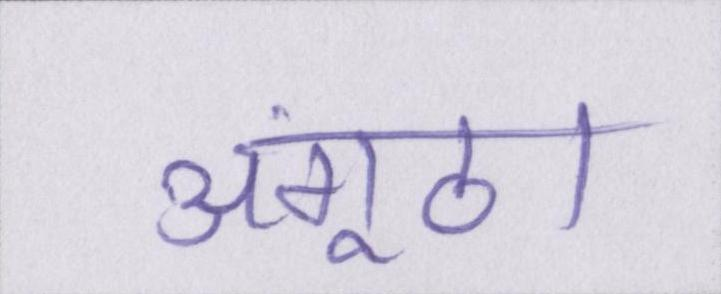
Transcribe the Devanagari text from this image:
अंगूठा